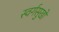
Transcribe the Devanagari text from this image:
स्वर्गसुखों